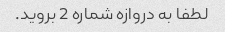
لطفا به دروازه شماره 2 بروید.